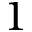
1